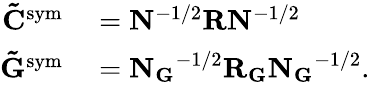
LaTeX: \begin{array}{rl}{\mathbf{\tilde{C}}^{\mathrm{sym}}}&{{}=\mathbf{N}^{-1/2}\mathbf{R}\mathbf{N}^{-1/2}}\\ {\mathbf{\tilde{G}}^{\mathrm{sym}}}&{{}=\mathbf{N_{G}}^{-1/2}\mathbf{R_{G}}\mathbf{N_{G}}^{-1/2}.}\end{array}